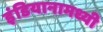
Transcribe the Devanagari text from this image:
इंडियानामध्यी